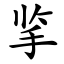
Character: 㧛